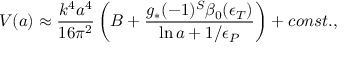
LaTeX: { V } ( a ) \approx { \frac { k ^ { 4 } a ^ { 4 } } { 1 6 \pi ^ { 2 } } } \left( B + { \frac { g _ { * } ( - 1 ) ^ { S } \beta _ { 0 } ( \epsilon _ { T } ) } { \ln a + { 1 / \epsilon _ { P } } } } \right) + c o n s t . ,